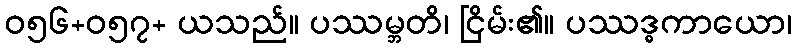
ဝ၅၆+၀၅၇+ ယသည်။ ပဿမ္ဘတိ၊ ငြိမ်း၏။ ပဿဒ္ဓကာယော၊